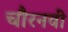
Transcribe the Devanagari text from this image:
चौरनवीं